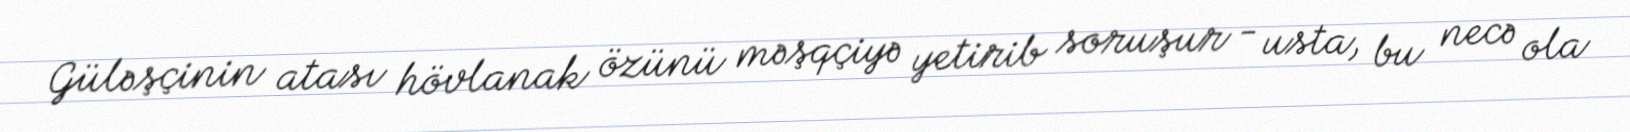
Güləşçinin atası hövlanak özünü məşqçiyə yetirib soruşur - usta, bu necə ola